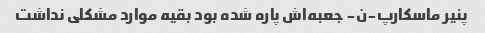
پنیر ماسکارپ-ن- جعبه‌اش پاره شده بود بقیه موارد مشکلی نداشت